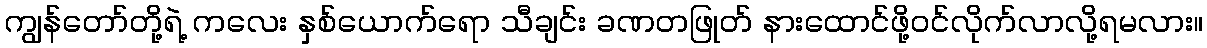
ကျွန်တော်တို့ရဲ့ ကလေး နှစ်ယောက်ရော သီချင်း ခဏတဖြုတ် နားထောင်ဖို့ဝင်လိုက်လာလို့ရမလား။